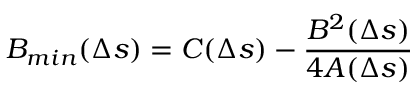
{ \cal B } _ { m i n } ( \Delta s ) = C ( \Delta s ) - \frac { B ^ { 2 } ( \Delta s ) } { 4 A ( \Delta s ) }